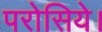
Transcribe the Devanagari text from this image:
परोसिये।